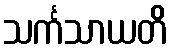
သင်္ကသာယတိ